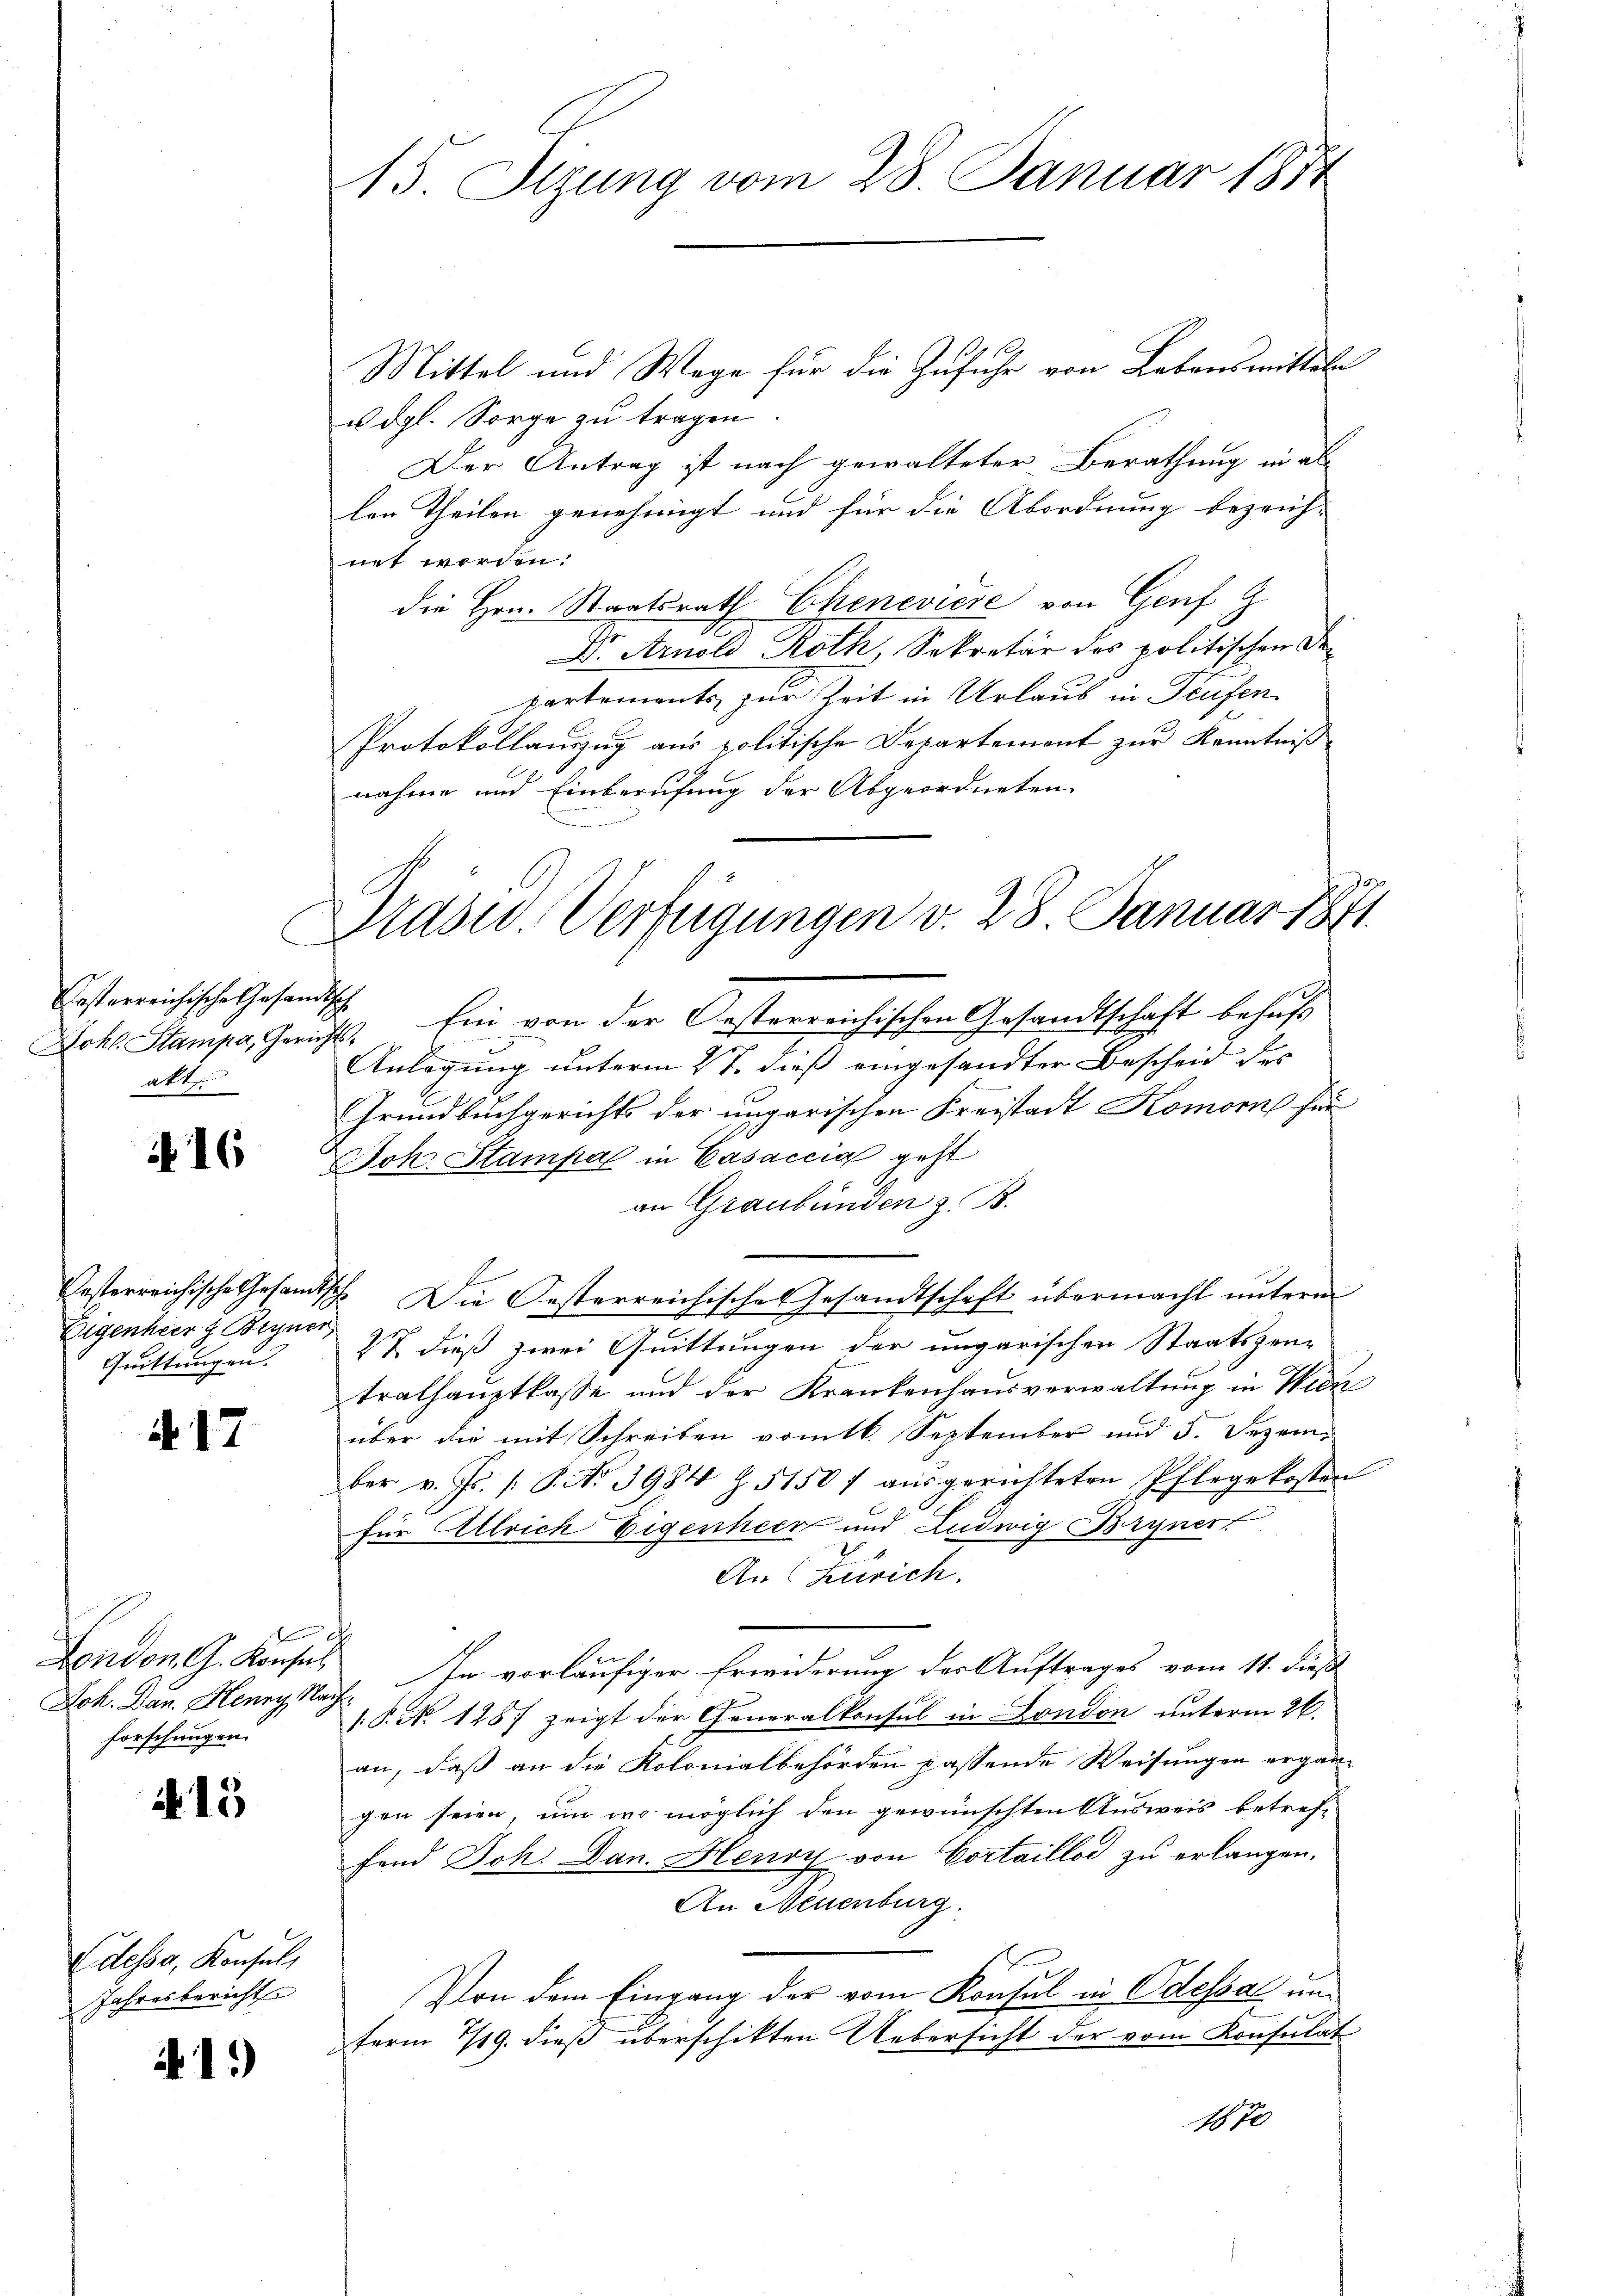
esterreichische Gesandtsch
akt.

16

Eigenhier z. Bryner,
Grittungen.

. 17

Sch. Dan. Henry Nach
forschungen.

15

Edessa, Konsul,
Jahresberichts

41.)

15. Sizung vom 28. Januar 1874

Mittel und Wege für die Zufuhr von Lebensmitteln
u dgl. Sorge zu tragen
Der Antrag ist nach gewalteter Berathung in als
len Theilen genehmigt und für die Abordnung bezeich-
net worden.
die Hrn. Staatsrath Chenevière von Genf z
Dr. Arnold Roth, Sekretär des politischen Departements zur Zeit in Urlaub in Teufen.
Protokollauszug aus politische Departement zur Kenntniß
nahme und Einberufung der Abgeordneten

C

Prasen. Verfügungen v. 28 Januar 1871.

Jokl. Stampa, Gericht. Ein von der Oesterreichischen Gesandtschaft behŭfs
Anlegung unterm 21. dieß eingesandter Bescheid des
Grundbuchgerichts der ungarischen Freistadt Komornis für
Joh. Stampal in Casaccia geht
an Graubünden z. B.
Pesterreichische Gesandtsch. Die Oesterreichisches Gesandtschaft übermacht unterm
27 dieß zwei Quittungen der ungarischen Staatspen-
tralhauptkasse und der Krankenhausverwaltung in Wien
über die mit Schreiben vom 16. September und 5. Dezember v. Js. /: P. Nr. 3984 Z. 51507 aŭsgerichteten Pflegekosten
für Allrich Eigenheer und Ludwig Bryner
An Zerrich
London C. Konsul In vorläufiger Erwiderung der Auftrages vom 11. dieß
[P. No 128) zeigt der Generalkonsul in London unterm 26.
an, daß an die Kolonialbehörden passende Weisungen ergän-
gen seien, um wo möglich den gewünschten Ausweis betref-
fand Joh. Dan. Henry von Cortaillod zu erlangen.
An Neuenburg
Von dem Eingang der vom Konsul in Odessal un
ferm 7/19. dieß überschikten Uebersicht der vom Konsulat
1870